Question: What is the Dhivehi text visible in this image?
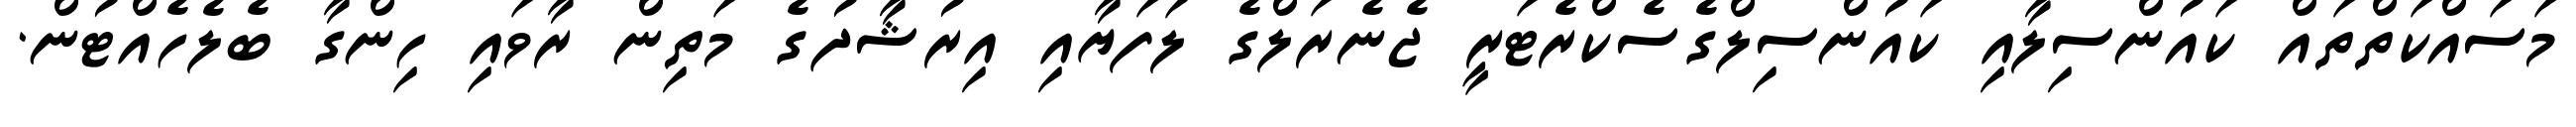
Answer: މަސައްކަތްތައް ކައުންސިލާއި ކައުންސިލްގެސެކްރެޓަރީ ޖެނެރަލްގެ ލަފަޔާއި އިރުޝާދުގެ މަތިން ރާވައި ހިންގާ ބެލެހެއްޓުން.